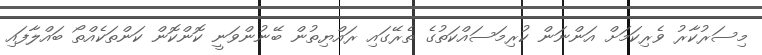
މިސަރުކާރު ވެރިކަމަށް އަންނަން ކުރިމަސައްކަތުގެ ތެރޭގައި ރައްޔިތުން ބޭނުންވަނީ ކޮންކޮން ކަންތަކެއްތޯ ބައްލާފައި